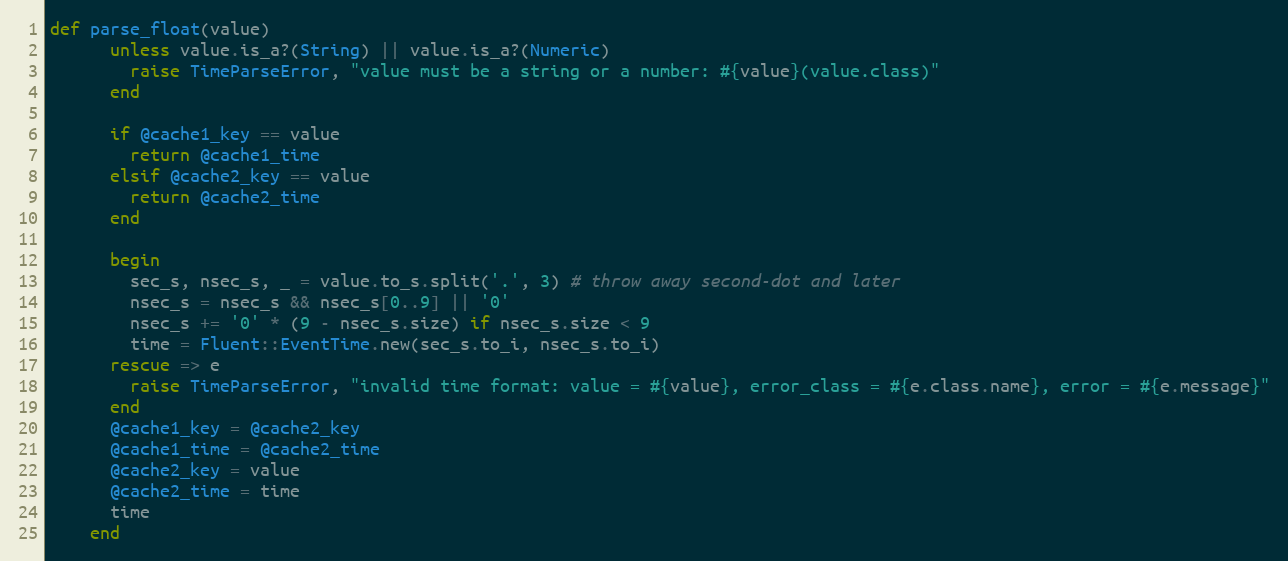
Language: Ruby
def parse_float(value)
      unless value.is_a?(String) || value.is_a?(Numeric)
        raise TimeParseError, "value must be a string or a number: #{value}(value.class)"
      end

      if @cache1_key == value
        return @cache1_time
      elsif @cache2_key == value
        return @cache2_time
      end

      begin
        sec_s, nsec_s, _ = value.to_s.split('.', 3) # throw away second-dot and later
        nsec_s = nsec_s && nsec_s[0..9] || '0'
        nsec_s += '0' * (9 - nsec_s.size) if nsec_s.size < 9
        time = Fluent::EventTime.new(sec_s.to_i, nsec_s.to_i)
      rescue => e
        raise TimeParseError, "invalid time format: value = #{value}, error_class = #{e.class.name}, error = #{e.message}"
      end
      @cache1_key = @cache2_key
      @cache1_time = @cache2_time
      @cache2_key = value
      @cache2_time = time
      time
    end